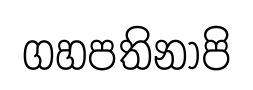
ගහපතිනාපි